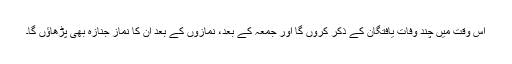
اس وقت مَیں چند وفات یافتگان کے ذکر کروں گا اور جمعہ کے بعد، نمازوں کے بعد ان کا نماز ِجنازہ بھی پڑھاؤں گا۔